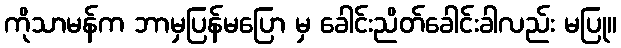
ကိုသာမန်က ဘာမှပြန်မပြော မှ ခေါင်းညိတ်ခေါင်းခါလည်း မပြု။